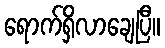
ရောက်ရှိလာချေပြီ။